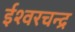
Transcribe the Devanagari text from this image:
ईश्वरचन्द्र